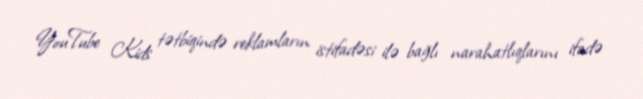
YouTube Kids tətbiqində reklamların istifadəsi ilə bağlı narahatlıqlarını ifadə